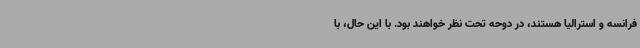
فرانسه و استرالیا هستند، در دوحه تحت نظر خواهند بود. با این حال، با